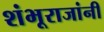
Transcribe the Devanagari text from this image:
शंभूराजांनी